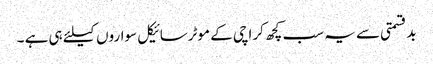
بدقسمتی سے یہ سب کچھ کراچی کے موٹرسائیکل سواروں کیلئے ہی ہے ۔